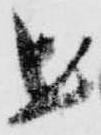
を